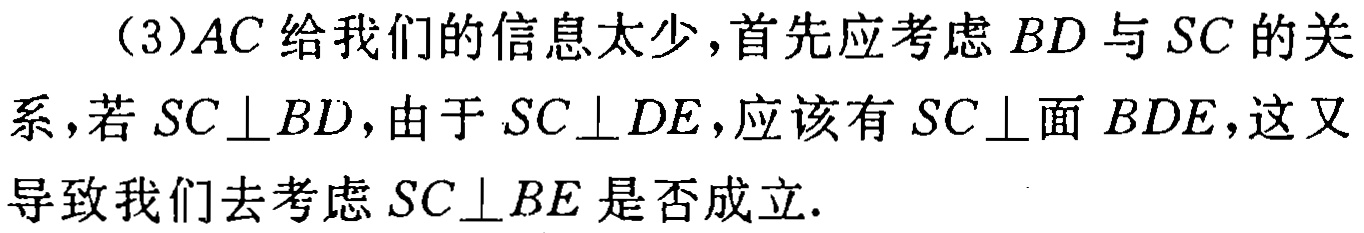
（3）$AC$给我们的信息太少，首先应考虑$BD$与$SC$的关系，若$SC\perp BD$，由于$SC\perp DE$，应该有$SC\perp$面$BDE$，这又导致我们去考虑$SC\perp BE$是否成立.